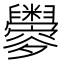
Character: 𦦼